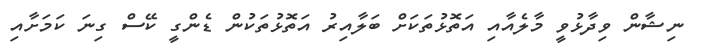
ނިޝާން ވިދާޅުވީ މާލެއާއި އަތޮޅުތަކަށް ބަލާއިރު އަތޮޅުތަކުން ޑެންގީ ކޭސް ގިނަ ކަމަށާއި